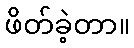
ဖိတ်ခဲ့တာ။